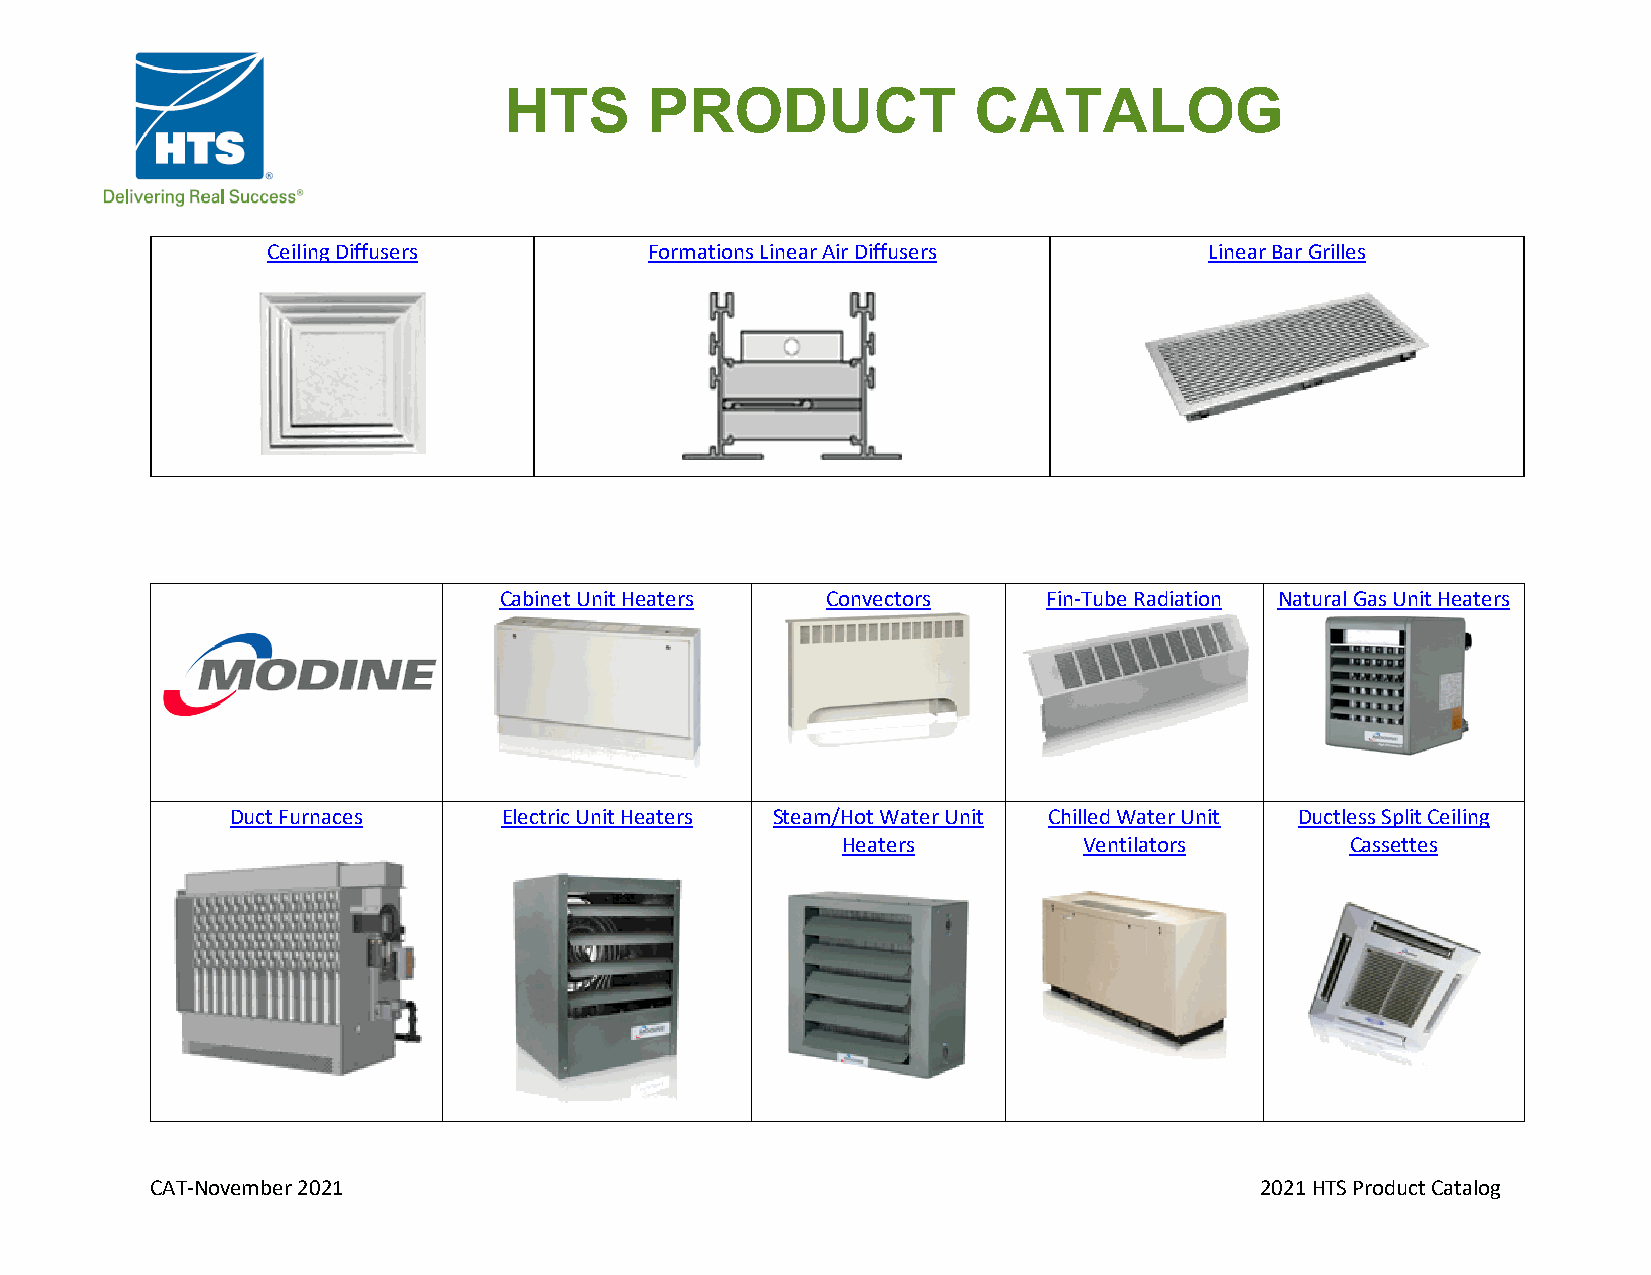
HTS       PRODUCT              CATALOG
 Ceiling Diffusers        Formations Linear Air Diffusers      Linear Bar Grilles
 Cabinet Unit Heaters  Convectors    Fin-Tube Radiation Natural Gas Unit Heaters
 Duct Furnaces     Electric Unit Heaters Steam/Hot Water Unit Chilled Water Unit Ductless Split Ceiling
 Heaters         Ventilators      Cassettes
 CAT-November 2021                                                        2021 HTS Product Catalog